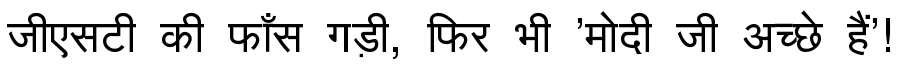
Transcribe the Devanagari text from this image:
जीएसटी की फाँस गड़ी, फिर भी 'मोदी जी अच्छे हैं'!